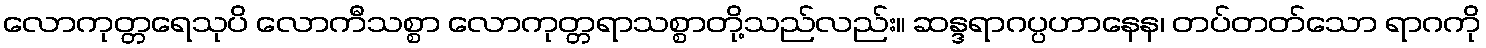
လောကုတ္တရေသုပိ လောကီသစ္စာ လောကုတ္တရာသစ္စာတို့သည်လည်း။ ဆန္ဒရာဂပ္ပဟာနေန၊ တပ်တတ်သော ရာဂကို